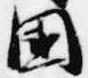
国